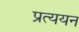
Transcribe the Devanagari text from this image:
प्रत्ययन